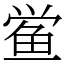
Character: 鲎